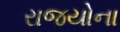
રાજયોના